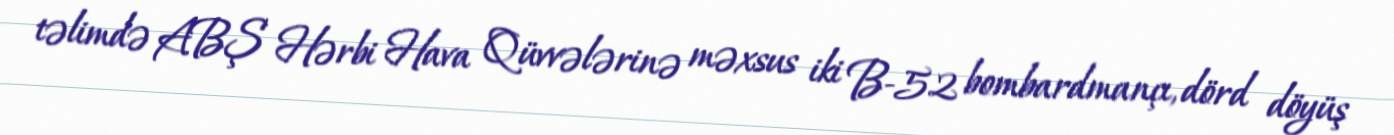
təlimdə ABŞ Hərbi Hava Qüvvələrinə məxsus iki B-52 bombardmançı, dörd döyüş